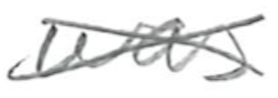
Text: was
Cross-out: cross
Writing tool: pencil